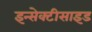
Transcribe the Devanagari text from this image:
इन्सेक्टीसाइड